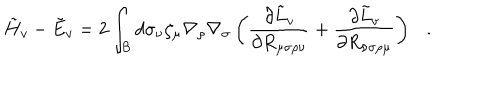
LaTeX: \tilde { H } _ { v } - \tilde { E } _ { v } = 2 \int _ { \cal B } d \sigma _ { \nu } \zeta _ { \mu } \nabla _ { \rho } \nabla _ { \sigma } \left( { \frac { \partial { \tilde { L } } _ { v } } { \partial R _ { \mu \sigma \rho \nu } } } + { \frac { \partial { \tilde { L } } _ { v } } { \partial R _ { \nu \sigma \rho \mu } } } \right) .